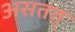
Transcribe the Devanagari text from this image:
असतत्